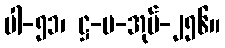
ပါ-၅၁၊ ဋ္ဌ-မ-အုပ်-၂၅၆။